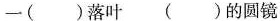
一()落叶 ()的圆镜